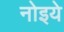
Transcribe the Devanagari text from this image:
नोइये